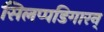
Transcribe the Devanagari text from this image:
सिलप्पडिगारन्